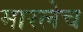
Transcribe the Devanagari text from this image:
मारलेच